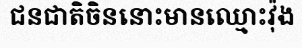
ជនជាតិចិននោះមានឈ្មោះវ៉ុង